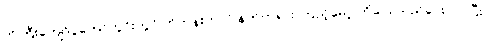
ကိုကြီးကျော်ပွဲတော်ကွင်းတွင် ဟိုတုန်းကလို နတ်ကရား ကြည့်မော့ ဟိုငေး သည်ငေးလုပ်ပြီး